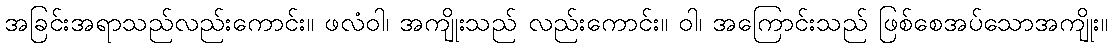
အခြင်းအရာသည်လည်းကောင်း။ ဖလံဝါ၊ အကျိုးသည် လည်းကောင်း။ ဝါ၊ အကြောင်းသည် ဖြစ်စေအပ်သောအကျိုး။